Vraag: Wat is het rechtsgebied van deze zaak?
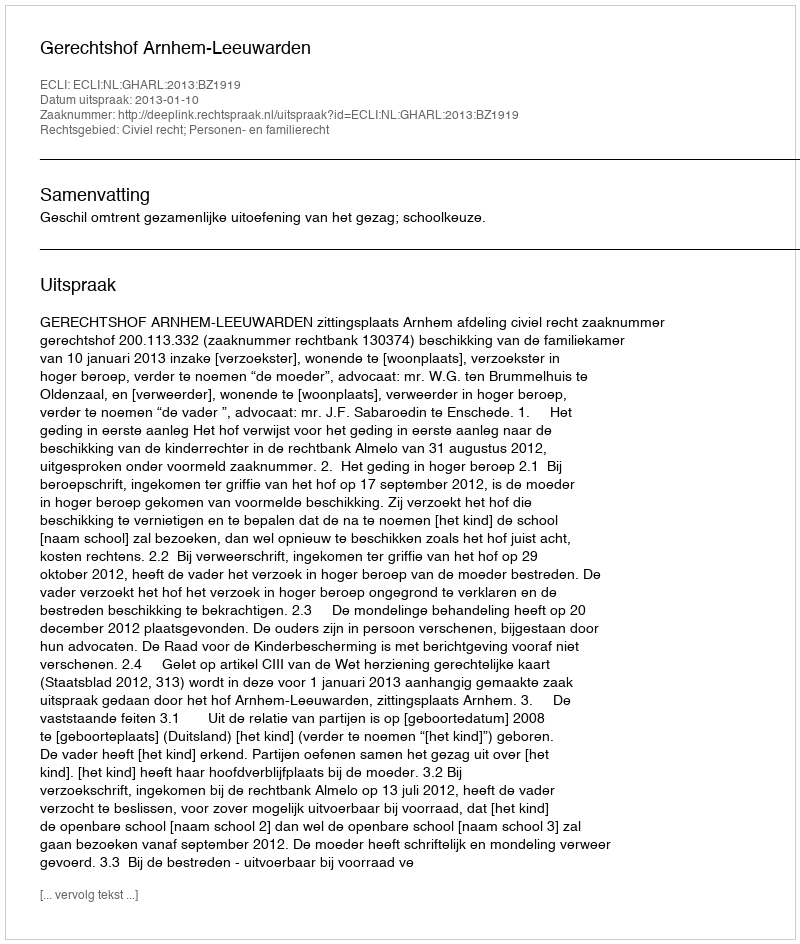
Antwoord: Civiel recht; Personen- en familierecht